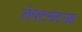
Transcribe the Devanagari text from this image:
लेफ्टनंटसह